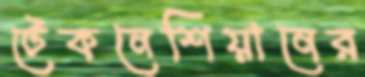
টেকনেশিয়ানের